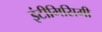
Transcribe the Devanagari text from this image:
इंटीमिसिमी